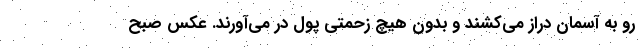
رو به آسمان دراز می‌کشند و بدون هیچ زحمتی پول در می‌آورند. عکس صبح